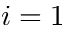
i = 1